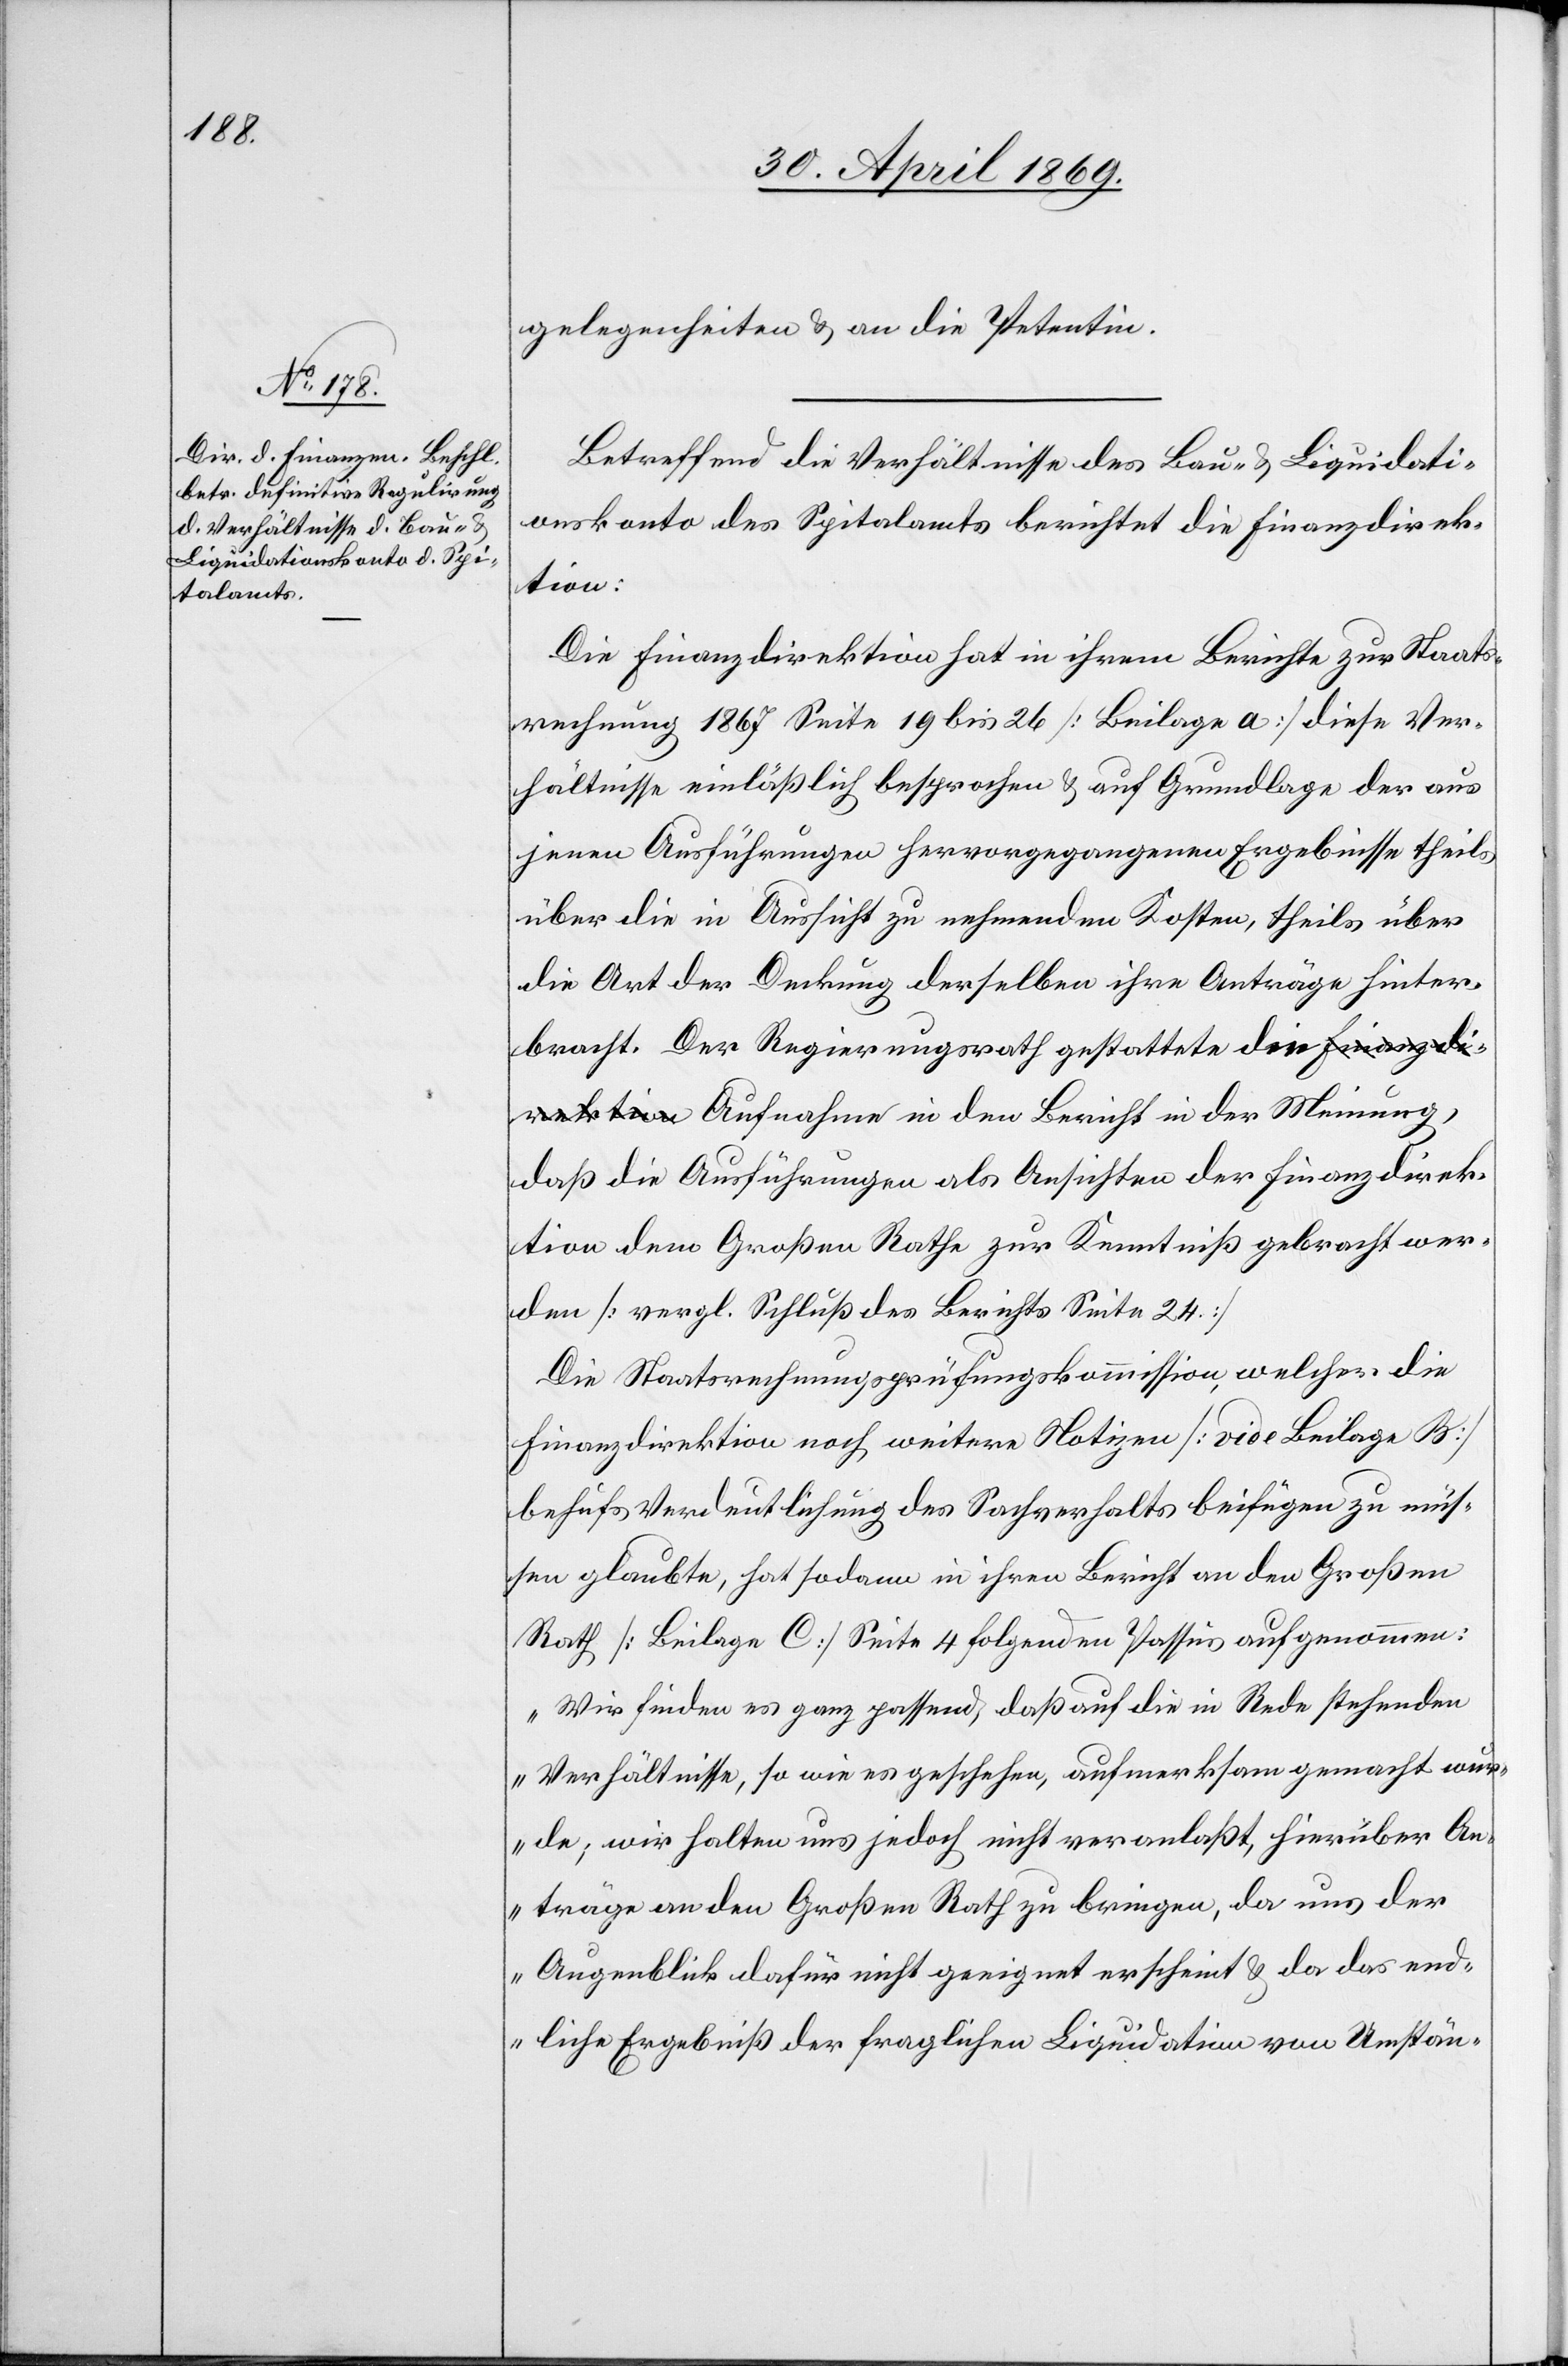
gelegenheiten u. an die Petentin.